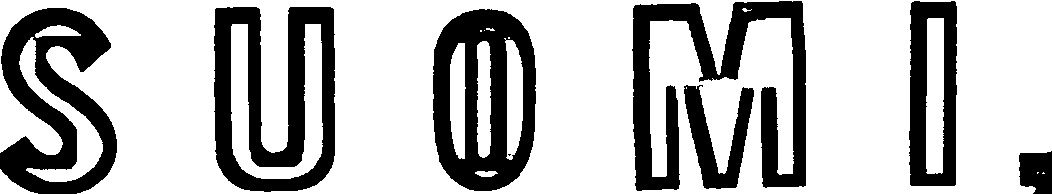
SUOMI,